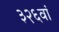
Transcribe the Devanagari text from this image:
३२६वां